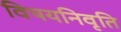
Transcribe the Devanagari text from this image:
विषयनिवृति